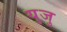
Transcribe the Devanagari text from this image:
युजु